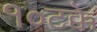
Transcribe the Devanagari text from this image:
१०टक्के